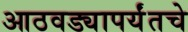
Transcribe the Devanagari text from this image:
आठवड्यापर्यंतचे